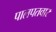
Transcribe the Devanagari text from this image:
पालपतवार